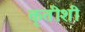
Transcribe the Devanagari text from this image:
कृतीशी